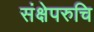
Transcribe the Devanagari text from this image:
संक्षेपरुचि